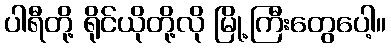
ပါရီတို့ ရိုင်ယိုတို့လို မြို့ကြီးတွေပေါ့။